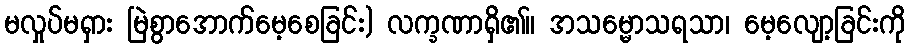
မလှုပ်မရှား မြဲစွာအောက်မေ့စေခြင်း) လက္ခဏာရှိ၏။ အသမ္မောသရသာ၊ မေ့လျော့ခြင်းကို